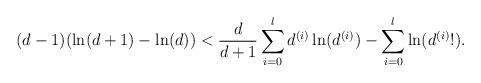
LaTeX: \begin{align*}(d-1)(\ln(d+1) - \ln(d)) < \frac{d}{d+1}\sum_{i=0}^l d^{(i)}\ln(d^{(i)}) - \sum_{i=0}^l \ln(d^{(i)}!) .\end{align*}